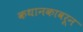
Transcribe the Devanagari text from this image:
कथानकावरून